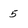
Character: 5